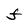
Character: F